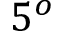
5 ^ { o }